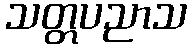
သတ္တပညာသ